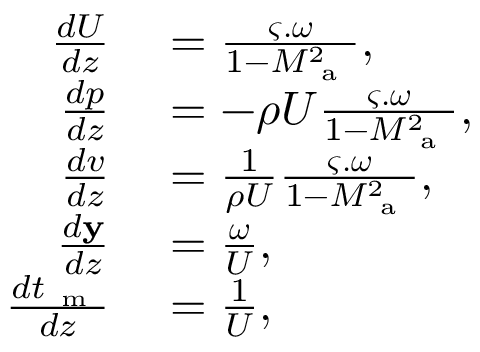
\begin{array} { r l } { \frac { d U } { d z } } & { { } = \frac { \boldsymbol { \varsigma . } \boldsymbol { \omega } } { 1 - M _ { \mathrm { ~ a ~ } } ^ { 2 } } , } \\ { \frac { d p } { d z } } & { { } = - \rho U \frac { \boldsymbol { \varsigma . } \boldsymbol { \omega } } { 1 - M _ { \mathrm { ~ a ~ } } ^ { 2 } } , } \\ { \frac { d v } { d z } } & { { } = \frac { 1 } { \rho U } \frac { \boldsymbol { \varsigma . } \boldsymbol { \omega } } { 1 - M _ { \mathrm { ~ a ~ } } ^ { 2 } } , } \\ { \frac { d \mathbf { y } } { d z } } & { { } = \frac { \boldsymbol { \omega } } { U } , } \\ { \frac { d t _ { \mathrm { ~ m ~ } } } { d z } } & { { } = \frac { 1 } { U } , } \end{array}